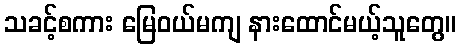
သခင့်စကား မြေဝယ်မကျ နားထောင်မယ့်သူတွေ။